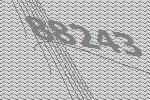
88243